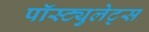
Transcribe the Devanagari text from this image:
पॉस्ट्युलेट्स